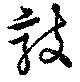
敲